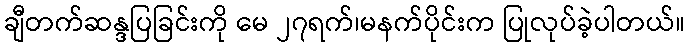
ချီတက်ဆန္ဒပြခြင်းကို မေ ၂၇ရက်၊မနက်ပိုင်းက ပြုလုပ်ခဲ့ပါတယ်။